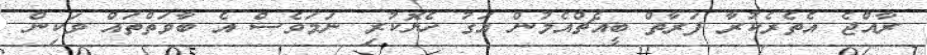
ރާއްޖެ އެތެރެކުރާ ފަރާތް ބީއެޗްއެމުން އަގު ހެޔޮކުރި ނަމަވެސް އެ ބާވަތްތައް ވަކިން